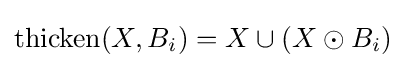
{\text{thicken}}(X,B_{i})=X\cup (X\odot B_{i})